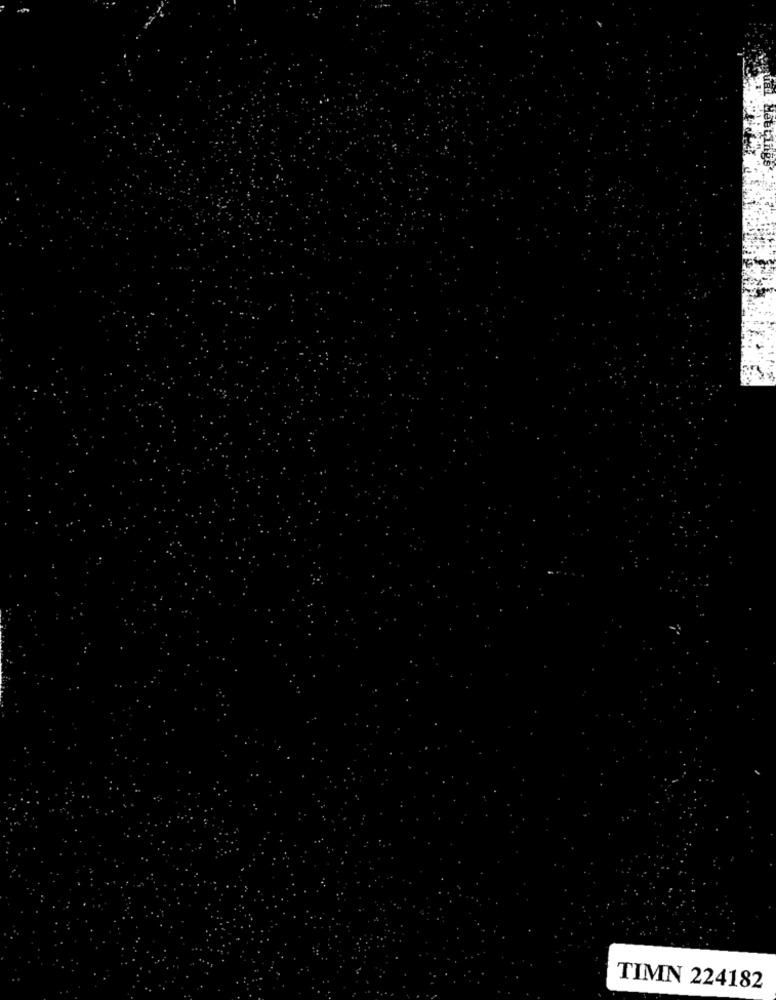
Meetings
TIMN 224182